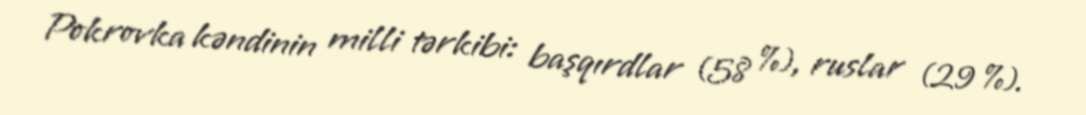
Pokrovka kəndinin milli tərkibi: başqırdlar (58 %), ruslar (29 %).